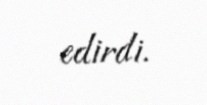
edirdi.